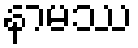
နာမဿ